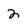
Character: 2